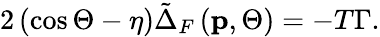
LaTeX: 2\left(\cos\Theta-\eta\right)\tilde{\Delta}_{F}\left(\mathbf{p},\Theta\right)=-T\Gamma.